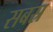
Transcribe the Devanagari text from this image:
सबस्र